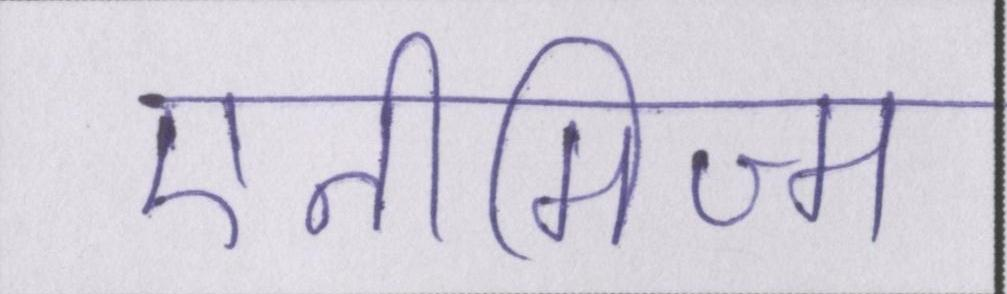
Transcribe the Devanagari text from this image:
एनीमिज्म